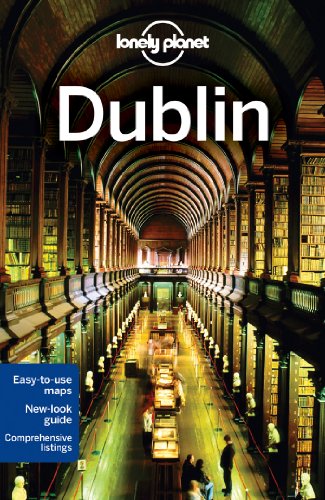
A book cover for Lonely Planet Dublin (Travel Guide); Lonely Planet; Travel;